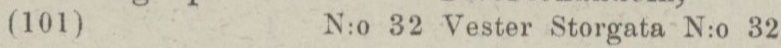
(100)    N:o 32 Vester Storgata N:o 32.